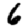
Digit: 6